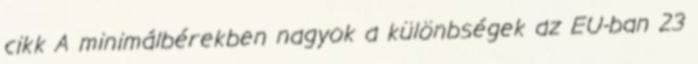
cikk A minimálbérekben nagyok a különbségek az EU-ban 23